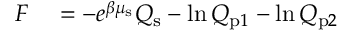
\begin{array} { r l } { F } & { { } = - e ^ { \beta \mu _ { \mathrm { s } } } Q _ { \mathrm { s } } - \ln Q _ { \mathrm { p } 1 } - \ln Q _ { \mathrm { p } 2 } } \end{array}